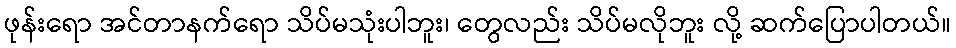
ဖုန်းရော အင်တာနက်ရော သိပ်မသုံးပါဘူး၊ တွေလည်း သိပ်မလိုဘူး လို့ ဆက်ပြောပါတယ်။